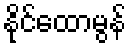
နိုင်ထောမွန်